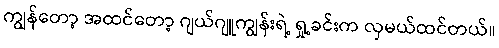
ကျွန်တော့ အထင်တော့ ဂျယ်ဂျူကျွန်းရဲ့ ရှု့ခင်းက လှမယ်ထင်တယ်။